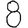
Digit: 8